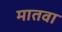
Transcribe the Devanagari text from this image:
मातवा